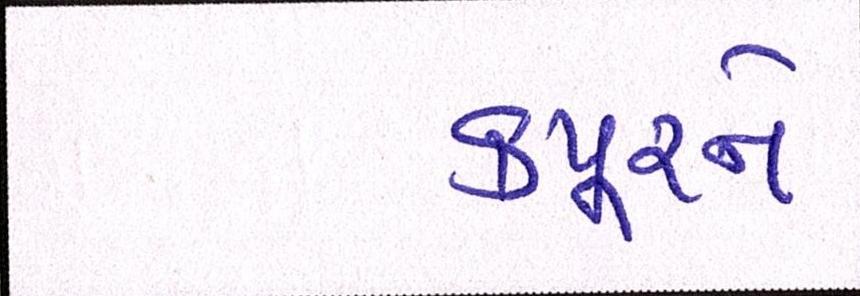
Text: કપૂરને